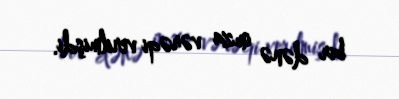
bir dənə imza vərəqi verilmişdi.